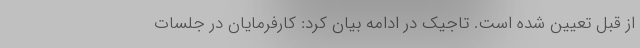
از قبل تعیین شده است. تاجیک در ادامه بیان کرد: کارفرمایان در جلسات